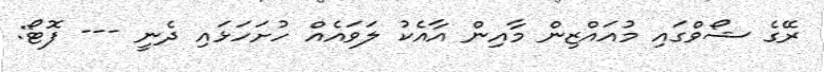
ރޭގެ ޝޯވްގައި މުއައްޒިން މާއިން އާއެކު ލަވައެއް ހުށަހަޅައި ދެނީ --- ފޮޓޯ: